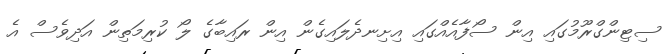
ސިޓިންގްރޫމުގައި އިން ސޯފާއެއްގައި އިށިނދެލައިގެން އިން ރައިބާގެ ލޯ ކުރިމަތިން އަދިވެސް އެ